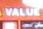
value